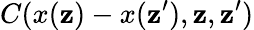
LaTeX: C(x(\mathbf{z})-x(\mathbf{z}^{\prime}),\mathbf{z},\mathbf{z}^{\prime})